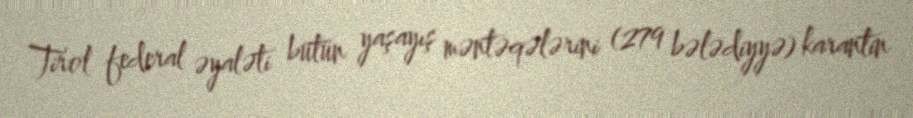
Tirol federal əyaləti bütün yaşayış məntəqələrini (279 bələdiyyə) karantin